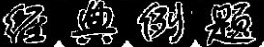
经典例题